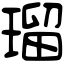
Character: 瑠